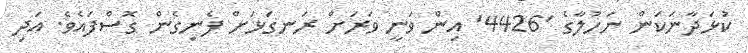
ކުޅަދާނަކަން ނަހުލާގެ '4426' އިން ވަނީ ވަރަށް ރަނގަޅަށް ފެނިގެން ގޮސްފައެވެ. އަދި